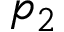
p _ { 2 }